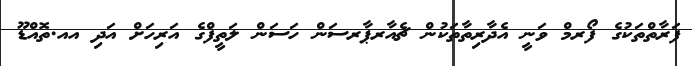
ފަރާތްތަކުގެ ފޯރމް ވަނީ އެދާރިތާތަކުން ޗެއާރޕާރސަން ހަސަން ލަތީފްގެ އަރިހަށް އަދި އއ.ތޮއްޑޫ